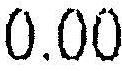
0.00